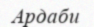
Ардаби